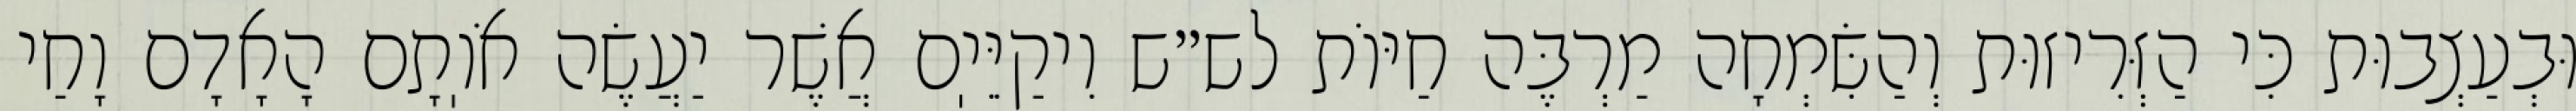
וּבְעַצְבוּת כִּי הַזְּרִיזוּת וְהַשִּׂמְחָה מַרְבֶּה חַיּוֹת לש״ש וִיקַיֵּיֽם אֲשֶׁר יַעֲשֶׂה אֹוֽתָם הָאָדָם וָחַי